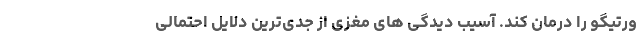
ورتیگو را درمان کند. آسیب دیدگی های مغزی از جدی‌ترین دلایل احتمالی